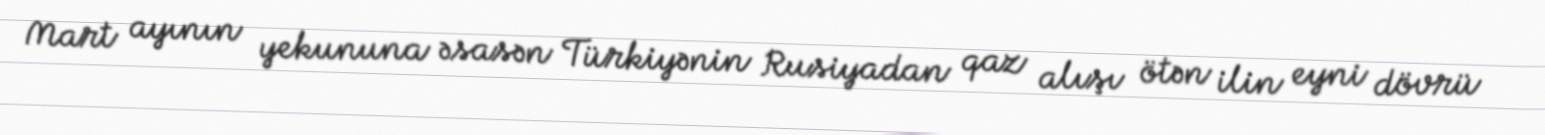
Mart ayının yekununa əsasən Türkiyənin Rusiyadan qaz alışı ötən ilin eyni dövrü